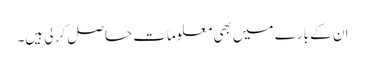
ان کے بارے میں بھی معلومات حاصل کر لی ہیں۔